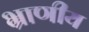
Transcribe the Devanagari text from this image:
भ्राणीय